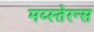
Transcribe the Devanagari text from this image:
मय्स्तेरन्स